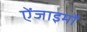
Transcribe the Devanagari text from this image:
ऐंजाइमों